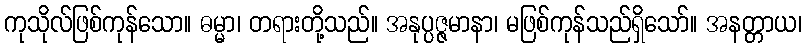
ကုသိုလ်ဖြစ်ကုန်သော။ ဓမ္မာ၊ တရားတို့သည်။ အနုပ္ပဇ္ဇမာနာ၊ မဖြစ်ကုန်သည်ရှိသော်။ အနတ္တာယ၊